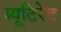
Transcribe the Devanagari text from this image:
ब्यूटिरेट